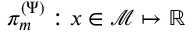
\pi _ { m } ^ { ( \Psi ) } : x \in \mathcal { M } \mapsto \mathbb { R }